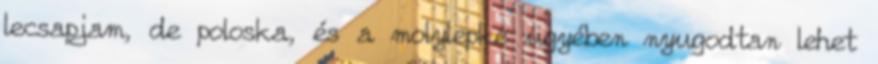
lecsapjam, de poloska, és a molylepke ügyében nyugodtan lehet